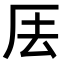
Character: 𠩂